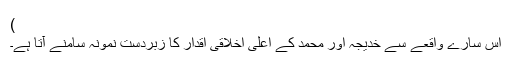
)
اس سارے واقعے سے خدیجہ اور محمد کے اعلیٰ اخلاقی اقدار کا زبردست نمونہ سامنے آتا ہے۔